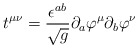
\begin{align*}t^{\mu \nu }=\frac{\epsilon ^{ab}}{\sqrt g}\partial _a\varphi ^\mu\partial _b\varphi ^\nu\end{align*}